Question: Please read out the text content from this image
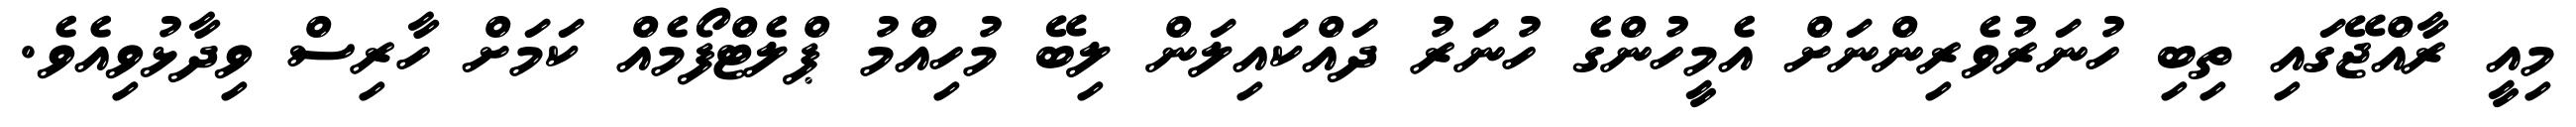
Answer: މިއީ ރާއްޖޭގައި ތިބި ހުނަރުވެރިންނަށް އެމީހުންގެ ހުނަރު ދައްކައިލަން ލިބޭ މުހިއްމު ޕްލެޓްފޯމެއް ކަމަށް ހާރިސް ވިދާޅުވިއެވެ.